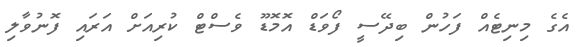
އެގެ މިނިޓެއް ފަހުން ބިދޭސީ ފޯވަޑް އޮމޮޑޫ ވެސްޓް ކުރިއަށް އަރައި ފޮނުވާލި